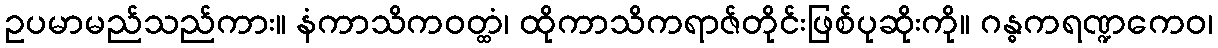
ဥပမာမည်သည်ကား။ နံကာသိကဝတ္ထံ၊ ထိုကာသိကရာဇ်တိုင်းဖြစ်ပုဆိုးကို။ ဂန္ဓကရဏ္ဍကေဝ၊